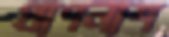
প্রাণনাশ